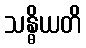
သန္ဓိယတိ